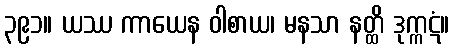
၃၉၁။ ယဿ ကာယေန ဝါစာယ၊ မနသာ နတ္ထိ ဒုက္ကဋံ။